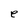
Character: e